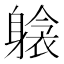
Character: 𲄫